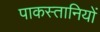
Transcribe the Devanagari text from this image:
पाकस्तानियों